Annual report on the working of the mental hospitals in the Madras Presidency - 1912-1932
Year: 1912
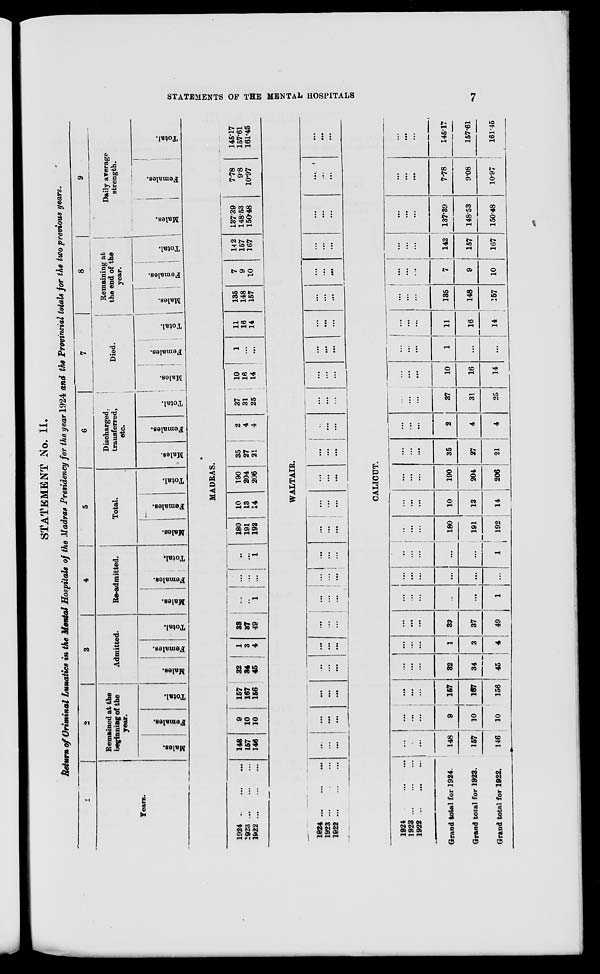
STATEMENTS OF THE MENTAL
HOSPITALS
7
STATEMENT No. II.
Return of Criminal Lunatics in the Mental Hospitals of the Madras Presidency for the year 1924 and the Provincial totals for the two previous years.
1
Years.
2
Remained at the
beginning of the
year.
Males.
Females.
Total.
3
Admitted.
Males.
Females.
Total.
4
Re-admitted.
Males.
Females.
Total.
5
Total.
Males.
Females.
Total.
6
Discharged,
transferred,
etc.
Males.
Females.
Total.
7
Died.
Males.
Females.
Total.
8
Remaining at
the end of the
year.
Males.
Females.
Total.
9
Daily average
strength.
Males.
Females.
Total.
MADRAS.
1924
...
...
...
1923
...
...
...
1922
...
...
...
148
157
146
9
10
10
157
167
156
32
34
45
1
3
4
33
37
49
...
...
1
...
...
...
...
...
1
180
191
192
10
13
14
190
204
206
35
27
21
2
4
4
37
31
25
10
16
14
1
...
...
11
16
14
135
148
157
7
9
10
142
157
167
137.39
148.53
150.48
7.78
9.8
10.97
145.17
157.61
161.45
WALTAIR.
1924 ... ... ...
1923 ...
...
...
1922
...
...
...
...
...
...
...
...
...
...
...
...
...
...
...
...
...
...
...
...
...
...
...
...
...
...
...
...
...
...
...
...
...
...
...
...
...
...
...
...
...
...
...
...
...
...
...
...
...
...
...
...
...
...
...
...
...
...
...
...
...
...
...
...
...
...
...
...
...
...
...
...
...
...
...
CALICUT.
1924
...
...
...
1923
...
...
...
1922
...
...
...
Grand total for 1924.
Grand total for 1923.
Grand total for 1922.
...
...
...
148
157
146
...
...
...
9
...
10
...
...
...
157
167
156
...
...
...
32
34
45
...
...
...
1
3
4
...
...
...
33
37
49
...
...
...
...
...
1
...
...
...
...
...
...
...
...
...
...
...
1
...
...
...
180
191
192
...
...
...
10
13
14
...
...
...
190
204
206
...
...
...
35
27
21
...
...
...
2
4
4
...
...
...
37
31
25
...
...
...
10
16
14
...
...
...
1
...
...
...
...
...
11
16
14
...
...
...
135
148
157
...
...
...
7
9
10
...
...
...
142
157
167
...
...
...
137.39
148.53
150.48
...
...
...
7.78
9.08
10.97
...
...
...
145.17
157.61
161.45